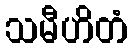
သမီဟိတံ